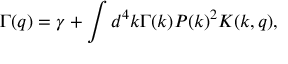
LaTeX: \Gamma ( q ) = \gamma + \int d ^ { 4 } k \Gamma ( k ) P ( k ) ^ { 2 } K ( k , q ) ,